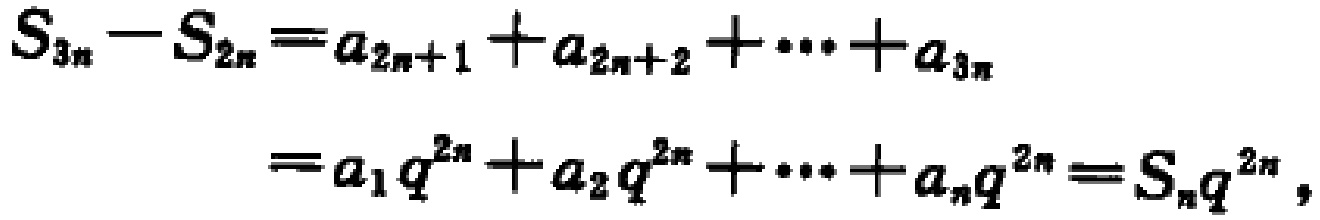
\[
\begin{align*}
S_{3n}-S_{2n}&=a_{2n + 1}+a_{2n+2}+\cdots+a_{3n}\\
&=a_{1}q^{2n}+a_{2}q^{2n}+\cdots+a_{n}q^{2n}=S_{n}q^{2n},
\end{align*}
\]